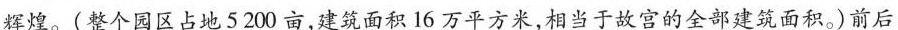
辉煌。\underline{(整个园区占地5200亩，建筑面积16万平方米，相当于故宫的全部建筑面积。)}前后